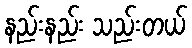
နည်းနည်း သည်းတယ်